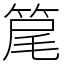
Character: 䇻